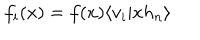
f _ { i } ( x ) = f ( x ) \langle v _ { i } \vert x h _ { n } \rangle